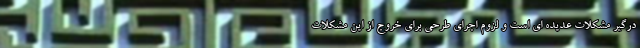
درگیر مشکلات عدیده ای است و لزوم اجرای طرحی برای خروج از این مشکلات